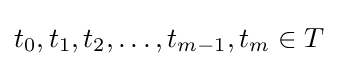
t_{0},t_{1},t_{2},\dots ,t_{m-1},t_{m}\in T